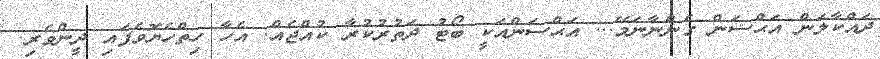
ދައްކާލަން އަޙްސަން ގެންނާނަމޭ... އަޙްސަންއަކީ ބޯޓު ދަތުރުކުރާ ކުއްޖެއް. އެހާ ހިތްހެޔޮވެފައި ދީންވެރި.